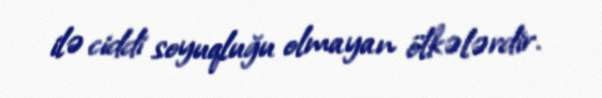
ilə ciddi soyuqluğu olmayan ölkələrdir.